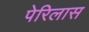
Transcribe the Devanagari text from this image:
पेरिलास